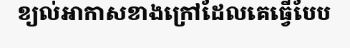
ខ្យល់អាកាសខាងក្រៅដែលគេធ្វើបែប